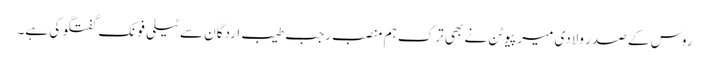
روس کے صدر ولادی میر پیوٹن نے بھی ترک ہم منصب رجب طیب اردگان سے ٹیلی فونک گفتگو کی ہے۔